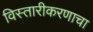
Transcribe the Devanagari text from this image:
विस्तारीकरणाचा